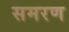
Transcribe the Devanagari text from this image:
समरण